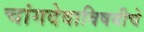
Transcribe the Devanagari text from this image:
चांगदेवाविषयीचे